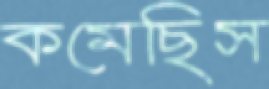
কমেছিস